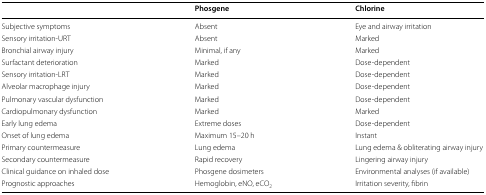
<table><thead><tr><td></td><td><b>Phosgene</b></td><td><b>Chlorine</b></td></tr></thead><tbody><tr><td>Subjective symptoms</td><td>Absent</td><td>Eye and airway irritation</td></tr><tr><td>Sensory irritation-URT</td><td>Absent</td><td>Marked</td></tr><tr><td>Bronchial airway injury</td><td>Minimal, if any</td><td>Marked</td></tr><tr><td>Surfactant deterioration</td><td>Marked</td><td>Dose-dependent</td></tr><tr><td>Sensory irritation-LRT</td><td>Marked</td><td>Dose-dependent</td></tr><tr><td>Alveolar macrophage injury</td><td>Marked</td><td>Dose-dependent</td></tr><tr><td>Pulmonary vascular dysfunction</td><td>Marked</td><td>Dose-dependent</td></tr><tr><td>Cardiopulmonary dysfunction</td><td>Marked</td><td>Marked</td></tr><tr><td>Early lung edema</td><td>Extreme doses</td><td>Dose-dependent</td></tr><tr><td>Onset of lung edema</td><td>Maximum 15–20 h</td><td>Instant</td></tr><tr><td>Primary countermeasure</td><td>Lung edema</td><td>Lung edema &amp; obliterating airway injury</td></tr><tr><td>Secondary countermeasure</td><td>Rapid recovery</td><td>Lingering airway injury</td></tr><tr><td>Clinical guidance on inhaled dose</td><td>Phosgene dosimeters</td><td>Environmental analyses (if available)</td></tr><tr><td>Prognostic approaches</td><td>Hemoglobin, eNO, eCO<sub>2</sub></td><td>Irritation severity, fibrin</td></tr></tbody></table>